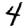
Digit: 4